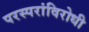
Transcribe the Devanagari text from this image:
परस्परांविरोधी